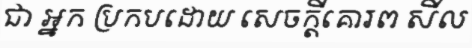
ជា អ្នក ប្រកបដោយ សេចក្តីគោរព សីល